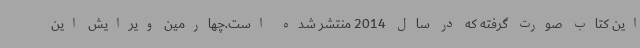
این کتاب صورت گرفته که در سال 2014 منتشر شده است.چهارمین ویرایش این